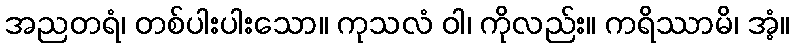
အညတရံ၊ တစ်ပါးပါးသော။ ကုသလံ ဝါ၊ ကိုလည်း။ ကရိဿာမိ၊ အံ့။